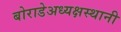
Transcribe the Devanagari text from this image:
बोराडेअध्यक्षस्थानी